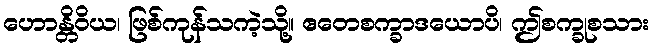
ဟောန္တိဝိယ၊ ဖြစ်ကုန်သကဲ့သို့။ ဧတေစက္ခာဒယောပိ၊ ဤစက္ခုစသား